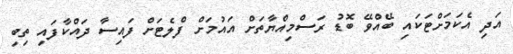
އަދި އެކަމަށްޓަކައި ބޭއްވޭ ބޮޑު ރަސްމިއްޔާތަށް އައުމަށް ފްލެޓަށް ފައިސާ ދައްކާފައި ތިބި